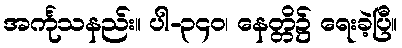
အင်္ကုသနည်း။ ပါ-၃၄၀၊ နေတ္တိ၌ ရေးခဲ့ပြီ။